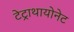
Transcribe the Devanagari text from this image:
टेट्राथायोनेट